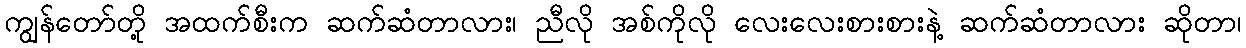
ကျွန်တော်တို့ အထက်စီးက ဆက်ဆံတာလား၊ ညီလို အစ်ကိုလို လေးလေးစားစားနဲ့ ဆက်ဆံတာလား ဆိုတာ၊